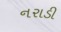
નરાડી